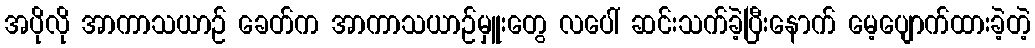
အပိုလို အာကာသယာဉ် ခေတ်က အာကာသယာဉ်မှူးတွေ လပေါ် ဆင်းသက်ခဲ့ပြီးနောက် မေ့ပျောက်ထားခဲ့တဲ့